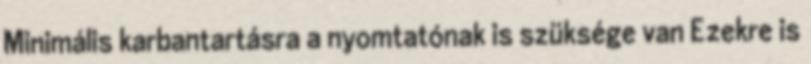
Minimális karbantartásra a nyomtatónak is szüksége van Ezekre is